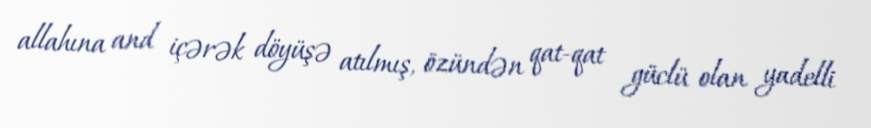
allahına and içərək döyüşə atılmış, özündən qat-qat güclü olan yadelli